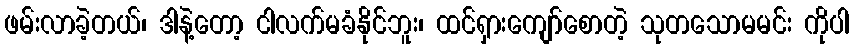
ဖမ်းလာခဲ့တယ်၊ ဒါနဲ့တော့ ငါလက်မခံနိုင်ဘူး၊ ထင်ရှားကျော်စောတဲ့ သုတသောမမင်း ကိုပါ